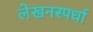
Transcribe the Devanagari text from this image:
लेखनस्पर्धा